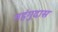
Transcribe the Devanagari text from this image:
महंगुदास